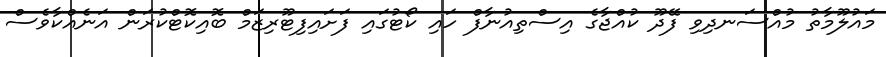
މައުލޫމާތު މުއްސަނދިވި ފޭދޫ ކުއްޖާގެ އިސްތިއުނާފް ހައި ކޯޓުގައި ފަށައިފިޓޫރިޒަމް ބޮއިކޮޓްކުރަން އަނެއްކާވެސް